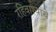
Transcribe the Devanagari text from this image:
रहिवाश्यांचे